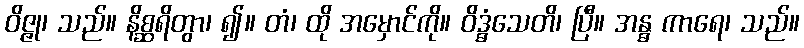
ဝိဇ္ဇု၊ သည်။ နိစ္ဆရိတွာ၊ ၍။ တံ၊ ထို အမှောင်ကို။ ဝိဒ္ဓံသေတိ၊ ပြီ။ အန္ဓ ကာရေ၊ သည်။